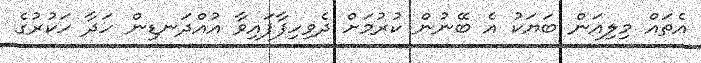
އެތައް މިލިއަން ބަޔަކު އެ ބޭނުން ކުރުމަށް ދެވިހިފާފައިވާ އުއްދަނޑިން ހަދާ ހަކުރުގެ